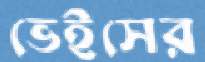
ভেইসের